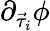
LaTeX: \partial_{\vec{\tau}_{i}}\phi